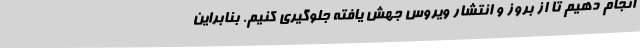
انجام دهیم تا از بروز و انتشار ویروس جهش یافته جلوگیری کنیم.‌ بنابراین